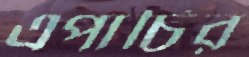
এপার্চির